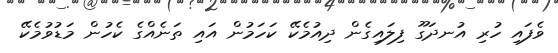
ވެފައި ހުރި އުނދަގޫ ފިލައިގެން ދިއުމެކޭ ކަހަމުން އައި ތަނެއްގެ ކެހުން މަޑުވުމެކޭ